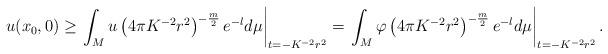
LaTeX: \begin{align*} u(x_0, 0) \geq \left. \int_{M} u \left(4\pi K^{-2}r^2 \right)^{-\frac{m}{2}} e^{-l} d\mu \right|_{t=-K^{-2}r^2}= \left. \int_{M} \varphi \left(4\pi K^{-2}r^2 \right)^{-\frac{m}{2}} e^{-l} d\mu \right|_{t=-K^{-2}r^2}. \end{align*}